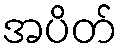
အပိတ်